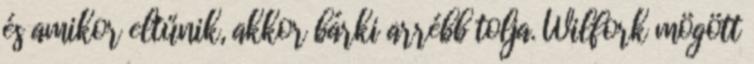
és amikor eltűnik, akkor bárki arrébb tolja. Wilfork mögött